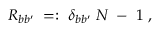
R _ { b b ^ { \prime } } \; = : \; \delta _ { b b ^ { \prime } } \; N \; - \; 1 \; ,